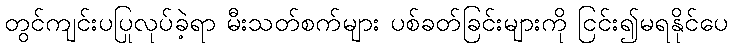
တွင်ကျင်းပပြုလုပ်ခဲ့ရာ မီးသတ်စက်များ ပစ်ခတ်ခြင်းများကို ငြင်း၍မရနိုင်ပေ